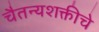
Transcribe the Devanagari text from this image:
चैतन्यशक्तीचे